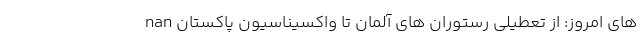
های امروز: از تعطیلی رستوران های آلمان تا واکسیناسیون پاکستان nan